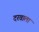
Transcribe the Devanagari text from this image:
दरवाला